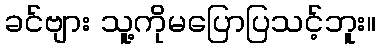
ခင်ဗျား သူ့ကိုမပြောပြသင့်ဘူး။